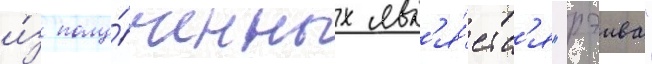
и́з полу́ченных явл'я́етс'я "рэива"